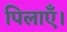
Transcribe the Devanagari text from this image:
पिलाएँ।